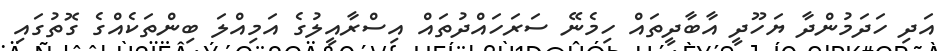
އަދި ހަދަމުންދާ ޔަހޫދީ އާބާދީތައް ހިމެނޭ ސަރަހައްދުތައް އިސްރާއީލުގެ އަމިއްލަ ބިންތަކެއްގެ ގޮތުގައި